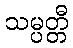
သမ္ပတ္တီ